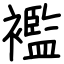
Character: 襤